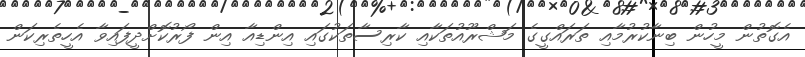
އެގޮތުން މީހުން ބިނާކުރުމާއި ތަރައްގީގެ މަޝްރޫއުތަކާއި ކާރިސާތަކުގައި އިންޑިއާ އިން ފޯރުކޮށްދީފައިވާ އެހީތެރިކަން